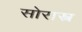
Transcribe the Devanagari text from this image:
सोरास्त्र